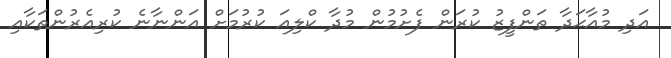
އަދި މުއާޙަދާ ތަންފީޒު ކުރަން ފެށުމުން މުދާ ކްލިއަ ކުރުމަށް އަންނާނެ ކުރިއެރުންތަކާއި